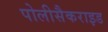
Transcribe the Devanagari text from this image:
पोलीसैकराइड